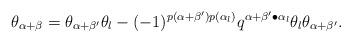
LaTeX: \begin{align*}\theta_{\alpha+ \beta} = \theta_{\alpha+\beta'}\theta_l - (-1)^{p(\alpha+\beta')p(\alpha_l)}q^{\alpha+ \beta' \bullet \alpha_l} \theta_l \theta_{\alpha+ \beta'}.\end{align*}